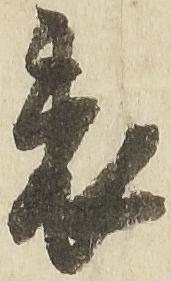
表